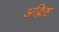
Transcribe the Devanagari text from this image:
अक्लिष्ट